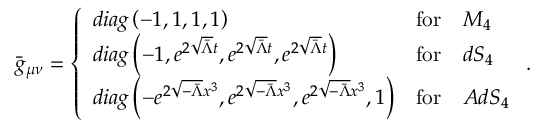
\bar { g } _ { \mu \nu } = \left\{ \begin{array} { l l l } { { d i a g \left( - 1 , 1 , 1 , 1 \right) } } & { { \mathrm { f o r } } } & { { M _ { 4 } } } \\ { { d i a g \left( - 1 , e ^ { 2 \sqrt { \bar { \Lambda } } t } , e ^ { 2 \sqrt { \bar { \Lambda } } t } , e ^ { 2 \sqrt { \bar { \Lambda } } t } \right) } } & { { \mathrm { f o r } } } & { { d S _ { 4 } } } \\ { { d i a g \left( - e ^ { 2 \sqrt { - \bar { \Lambda } } x ^ { 3 } } , e ^ { 2 \sqrt { - \bar { \Lambda } } x ^ { 3 } } , e ^ { 2 \sqrt { - \bar { \Lambda } } x ^ { 3 } } , 1 \right) } } & { { \mathrm { f o r } } } & { { A d S _ { 4 } } } \end{array} \right. .